Seli_vallavalitsus_Parnumaal, lk 13
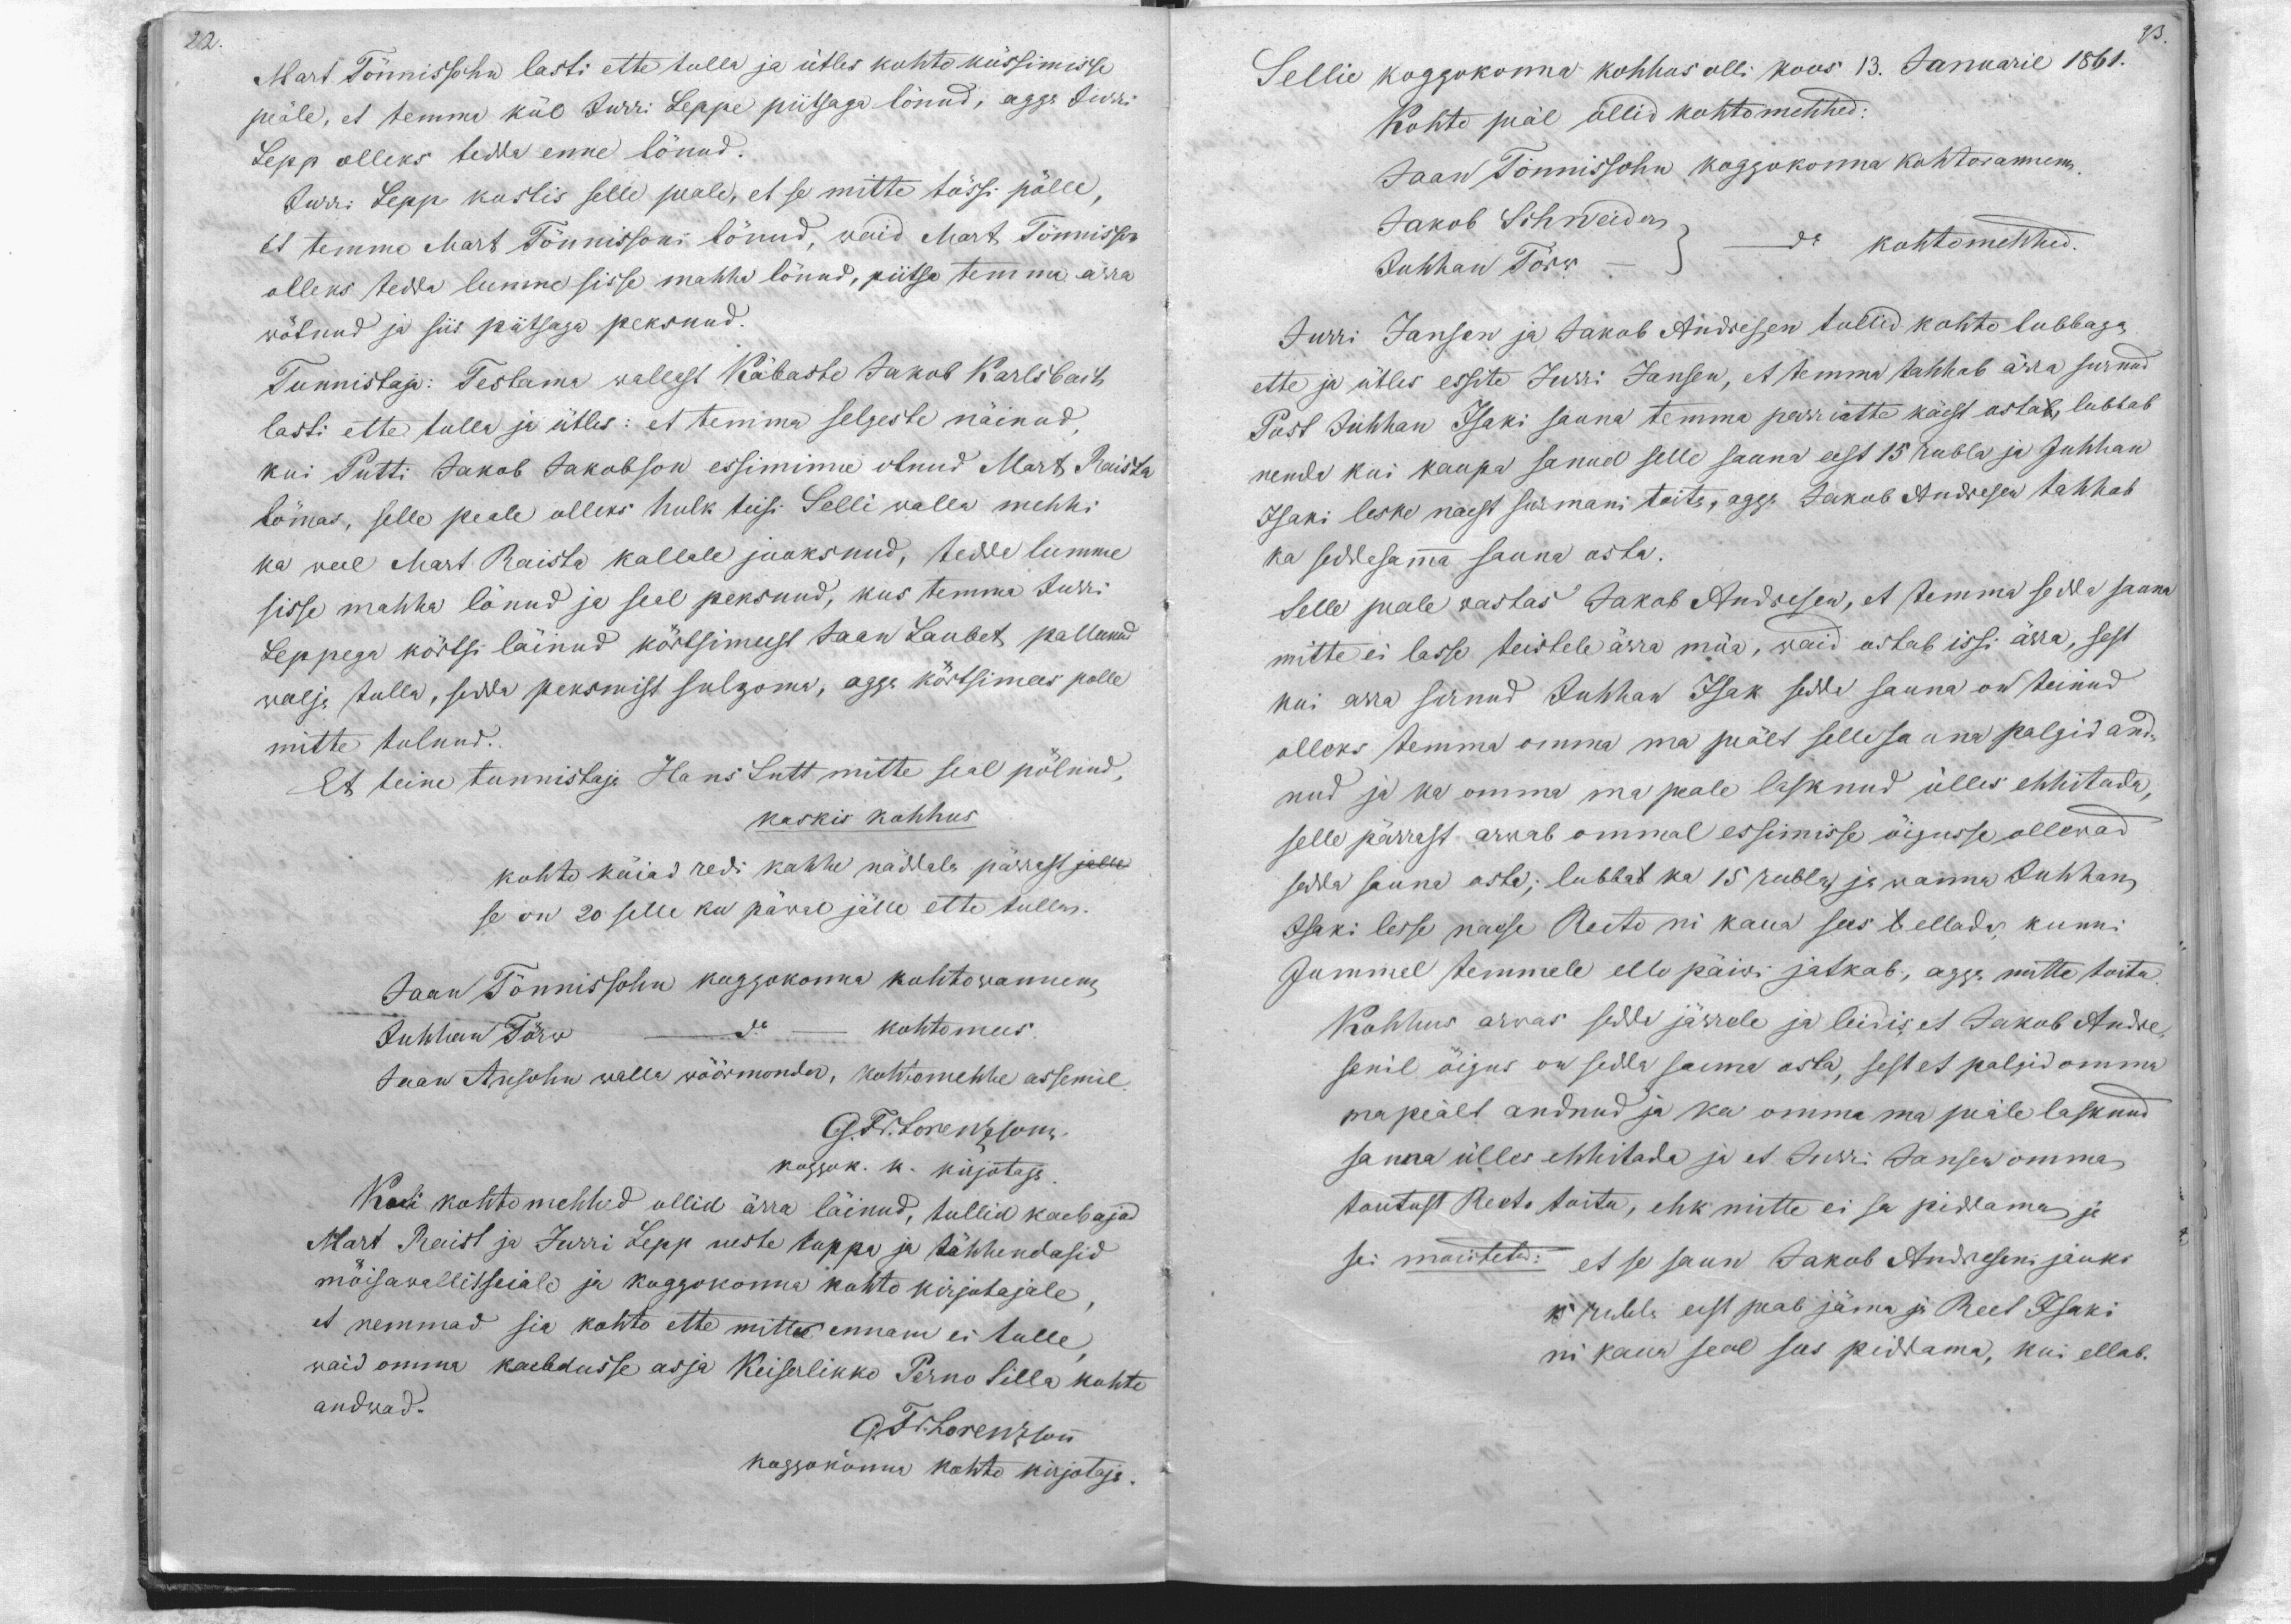
22.

23.

Mart Tönnissohn lasti ette tulla ja ütles kohto küssimisse
pääle, et temma kül Jürri Leppe piitsaga lönud, agga Jurri
Lepp olleks tedda enne lönud.
Jürri Lepp kostis selle peale, et se mitte tössi pölle,
Et temma Mart Tönnissoni lönud, waid Mart Tönnisson
olleks tedda lumme sisse mahha lönud, piitsa temma ärra
wötnud ja siis piitsaga peksnud.
Tunnistaja: Testama wallast Käbaste Jakob Karlsbach
lasti ette tulla ja ütles: et temma selgeste näinud,
kui Putti Jakob Jakobson essimine olnud Mart Raista
lömas, selle peale olleks hulk teisi Selli walla mehhi
ka weel Mart Raista kallale jooksnud, tedda lumme
sisse mahha lönud ja seal peksnud, kus temma Jurri
Leppega körtsi läinud körtsimeest Jaan Laubet pallunud
walja tulla, sedda peksmist sulgoma, agga körtsimees polle
mitte tulnud.
Et teine tunnistaja Hans Lutt mitte seal pölnud,
kaskis kohhus
kohto käiad redi kahhe näddala pärrast jalle
se on 20 selle ku päwal jälle ette tulla
Jaan Tönnissohn koggokonna kohtowannem
Juhhan Törw - do - kohtomees.
Jaan Ansohn walla wöörmonder, kohtomehhe assemel
G. Fr. Lorenzsonn
Kui kohtomehhed ollid ärra läinud, tullid kaebaja
koggok. k. kirjotaja.
Mart Raist ja Jurri Lepp ueste tuppa ja tähhendasid
möisawallitseiale ja koggokonna kohto kirjotajale
et nemmad sia kohto ette mitte ennam ei tulle
waid omma kaebdusse asja Keiserlikko Perno Silla kohto
andwad.
G Fr Lohrenzsonn
koggokonna kohto kirjotaja.

Sellie koggokonna kohhus olli koos 13. Januaril 1861.
Kohto peäl ollid kohtomehhed:
Jaan Tönnissohn koggokonna kohtowannem.
Jakob Schneider
do kohtomehhed.
Juhhan Törw
Jurri Jansen ja Jakob Andresen tullid kohto lubbaga
ette ja ütles essite Jurri Jansen, et temma tahhab ärra surnud
Post Juhhan Isaki sauna temma perriatte käest ostab, lubbab
nenda kui kaupa sanud selle sauna eest 15 rubla ja Juhhan
Isaki leske naest surmani toita, agga Jakob Andresen tahhab
ka seddesamma sauna osta.
Selle peale wastas Jakob Andresen, et temma sedda sauna
mitte ei lasse teistele ärra müa, waid ostab issi ärra, sest
kui arra surnud Juhhan Isak sedda sauna on teinud
olleks temma omma ma peält selle sauna palgid and-
nud ja ka omma ma peale lasknud ülles ehhitada,
selle pärrast arwab ommal essimisse õigusse ollewad
sedda sauna osta; lubbab ka 15 rubla ja wanna Juhhan
Isaki lesse naese Reeto nii kaua sees l ellada kunni
Jummel temmale ello päiwi jatkab, agga mitte toita
Kohhus arwas sedda järrele ja leidis, et Jakob Andre-
senil öigus on sedda sauna osta, sest et palgid omma
ma peält andnud ja ka omma ma peäle lasknud
sanna ülles ehitada ja et Jürri Jansen omma
toutust Reeto toita, ehk mitte ei sa piddama ja
sai moistetud: et se saun Jakob Andreseni jauks
15 rubla eest peab jäma ja Reet Isaki
ni kaua seal sees piddama, kui ellab.